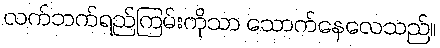
လက်ဘက်ရည်ကြမ်းကိုသာ သောက်နေလေသည်။